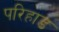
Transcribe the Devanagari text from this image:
परिहाड